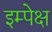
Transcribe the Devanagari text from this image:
इम्पेक्ष